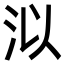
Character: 泤